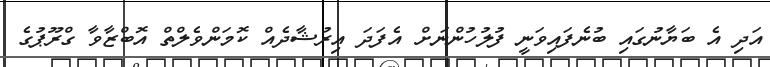
އަދި އެ ބަޔާނުގައި ބުނެފައިވަނީ ފުލުހުންނަށް އެފަދަ އިރުޝާދެއް ކޮމަންވެލްތް އޮބްޒާވާ ގްރޫޕުގެ